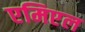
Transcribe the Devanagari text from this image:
एमिएल